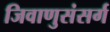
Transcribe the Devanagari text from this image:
जिवाणुसंसर्ग